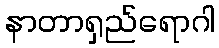
နာတာရှည်ရောဂါ